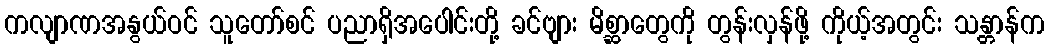
ကလျာဏအနွယ်ဝင် သူတော်စင် ပညာရှိအပေါင်းတို့ ခင်ဗျား မိစ္ဆာတွေကို တွန်းလှန်ဖို့ ကိုယ့်အတွင်း သန္တာန်က